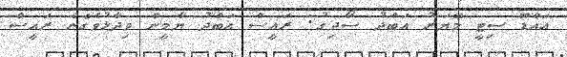
އައްޑޫ ސިޓީ މޭޔަރު އަބްދު ސޯދިގު: ރައީސް އަބްދު ޔާމީން ވިދާޅުވެގެން ރައީސް